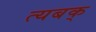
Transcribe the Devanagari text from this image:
त्यबक्